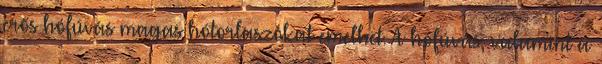
erős hófúvás magas hótorlaszokat emelhet. A hófúvás, valamint a